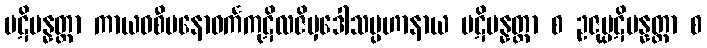
ပဋိပန္နတ္တာ ကာယဝစီမနောဝင်္ကကုဋိလဇိမှဒေါသပ္ပဟာနာယ ပဋိပန္နတ္တာ စ ဥဇုပ္ပဋိပန္နတ္တာ စ